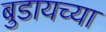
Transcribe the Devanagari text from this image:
बुडायच्या